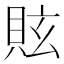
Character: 䝮